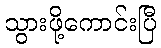
သွားဖို့ကောင်းပြီ